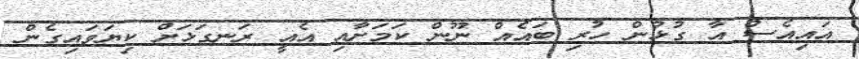
އައިއެސް އާ ގުޅުން ހުރި ބައެއް ނޫން ކަމަށާއި އެއީ ރަނގަޅަށް ކިޔަވައިގެން